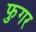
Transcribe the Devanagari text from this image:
फुगर